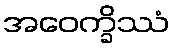
အဝေက္ခိဿံ